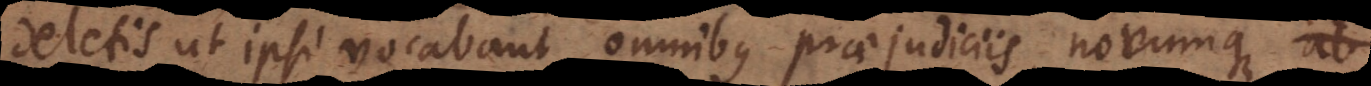
deletis ut ipsi vocabant omnibus praejudiciis, novumque